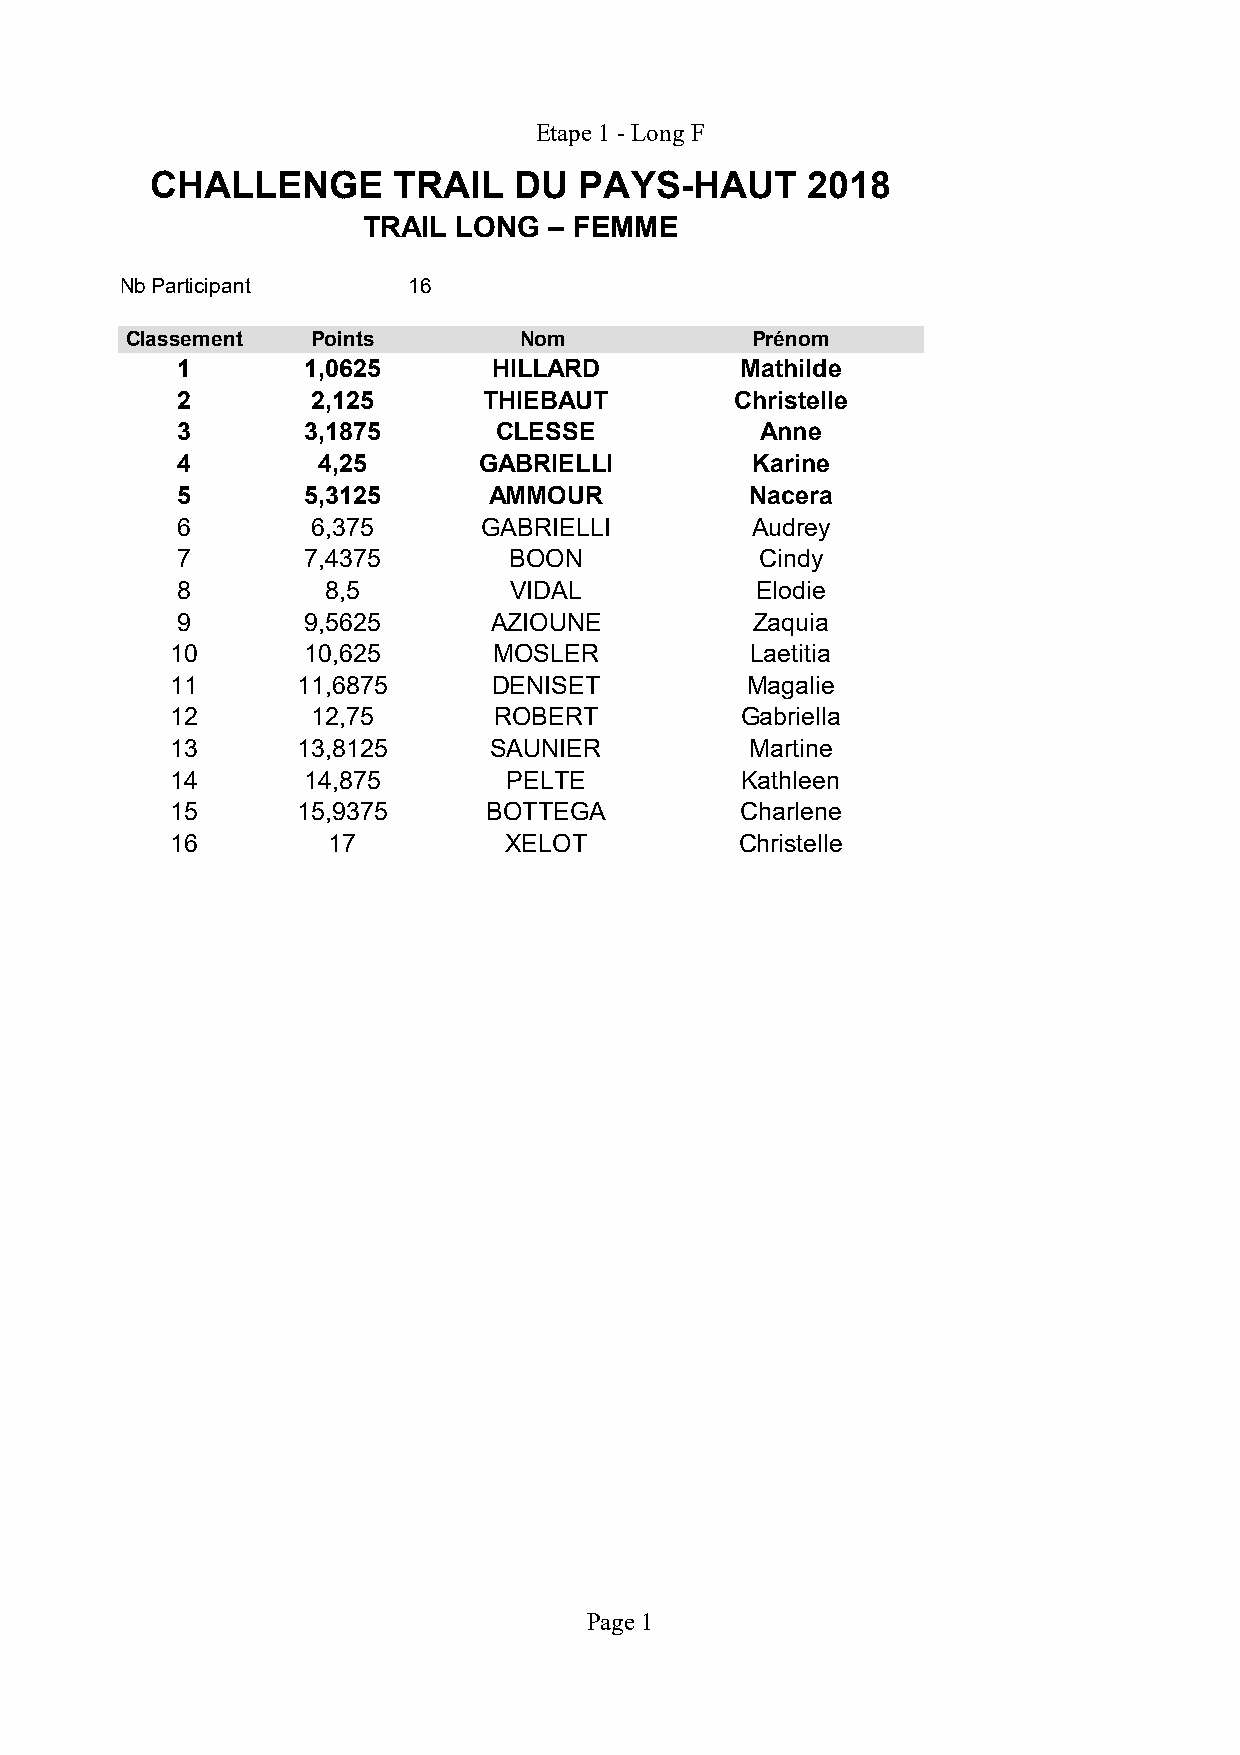
Etape 1 - Long F
 CHALLENGE       TRAIL   DU  PAYS-HAUT      2018
 TRAIL LONG  – FEMME
 Nb Participants    16
 Classement   Points       Nom             Prénom
 1       1,0625       HILLARD         Mathilde
 2        2,125      THIEBAUT         Christelle
 3       3,1875       CLESSE           Anne
 4        4,25       GABRIELLI         Karine
 5       5,3125      AMMOUR            Nacera
 6        6,375      GABRIELLI         Audrey
 7       7,4375        BOON            Cindy
 8         8,5         VIDAL           Elodie
 9       9,5625      AZIOUNE           Zaquia
 10       10,625       MOSLER           Laetitia
 11       11,6875      DENISET         Magalie
 12        12,75       ROBERT          Gabriella
 13       13,8125     SAUNIER           Martine
 14       14,875        PELTE          Kathleen
 15       15,9375     BOTTEGA          Charlene
 16         17         XELOT           Christelle
 Page 1